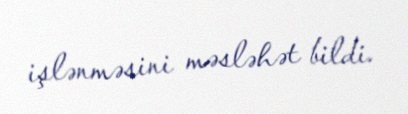
işlənməsini məsləhət bildi.